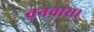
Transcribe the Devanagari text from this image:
वनवास।